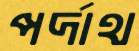
পর্দাথ